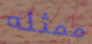
ممثله